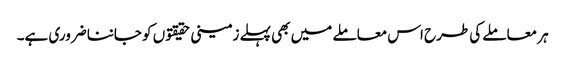
ہر معاملے کی طرح اس معاملے میں بھی پہلے زمینی حقیقتو ں کو جاننا ضروری ہے۔